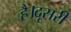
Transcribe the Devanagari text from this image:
है।दूसरी